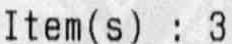
ITEM(S) : 3